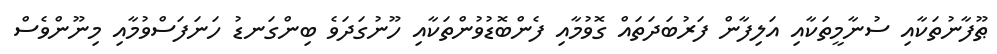
ޠޫފާނުތަކާއި ސުނާމީތަކާއި އަލިފާން ފަރުބަދަތައް ގޮވުމާއި ފެންބޮޑުވުންތަކާއި ހޫނުގަދަވެ ބިންގަނޑު ހަނަފަސްވުމާއި މިނޫންވެސް